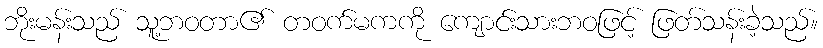
ဘိုးမန်းသည် သူ့ဘဝတာ၏ တဝက်မကကို ကျောင်းသားဘဝဖြင့် ဖြတ်သန်းခဲ့သည်။